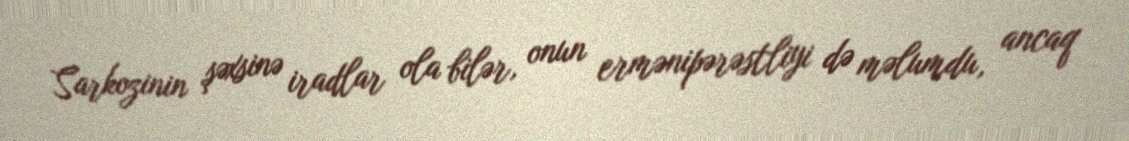
Sarkozinin şəxsinə iradlar ola bilər, onun ermənipərəstliyi də məlumdu, ancaq